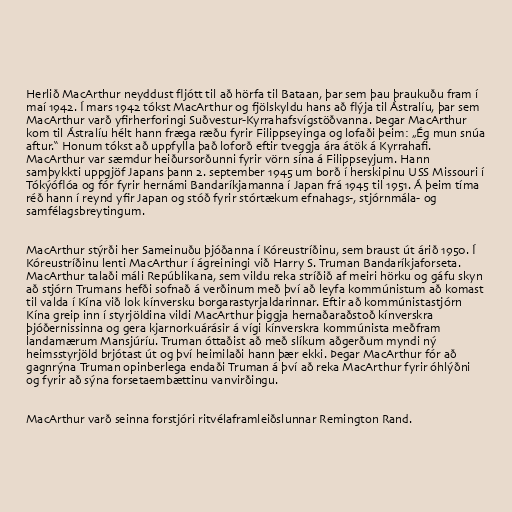
Herlið MacArthur neyddust fljótt til að hörfa til Bataan, þar sem þau þraukuðu fram í
maí 1942. Í mars 1942 tókst MacArthur og fjölskyldu hans að flýja til Ástralíu, þar sem
MacArthur varð yfirherforingi Suðvestur-Kyrrahafsvígstöðvanna. Þegar MacArthur
kom til Ástralíu hélt hann fræga ræðu fyrir Filippseyinga og lofaði þeim: „Ég mun snúa
aftur.“ Honum tókst að uppfylla það loforð eftir tveggja ára átök á Kyrrahafi.
MacArthur var sæmdur heiðursorðunni fyrir vörn sína á Filippseyjum. Hann
samþykkti uppgjöf Japans þann 2. september 1945 um borð í herskipinu USS Missouri í
Tókýóflóa og fór fyrir hernámi Bandaríkjamanna í Japan frá 1945 til 1951. Á þeim tíma
réð hann í reynd yfir Japan og stóð fyrir stórtækum efnahags-, stjórnmála- og
samfélagsbreytingum.

MacArthur stýrði her Sameinuðu þjóðanna í Kóreustríðinu, sem braust út árið 1950. Í
Kóreustríðinu lenti MacArthur í ágreiningi við Harry S. Truman Bandaríkjaforseta.
MacArthur talaði máli Repúblikana, sem vildu reka stríðið af meiri hörku og gáfu skyn
að stjórn Trumans hefði sofnað á verðinum með því að leyfa kommúnistum að komast
til valda í Kína við lok kínversku borgarastyrjaldarinnar. Eftir að kommúnistastjórn
Kína greip inn í styrjöldina vildi MacArthur þiggja hernaðaraðstoð kínverskra
þjóðernissinna og gera kjarnorkuárásir á vígi kínverskra kommúnista meðfram
landamærum Mansjúríu. Truman óttaðist að með slíkum aðgerðum myndi ný
heimsstyrjöld brjótast út og því heimilaði hann þær ekki. Þegar MacArthur fór að
gagnrýna Truman opinberlega endaði Truman á því að reka MacArthur fyrir óhlýðni
og fyrir að sýna forsetaembættinu vanvirðingu.

MacArthur varð seinna forstjóri ritvélaframleiðslunnar Remington Rand.